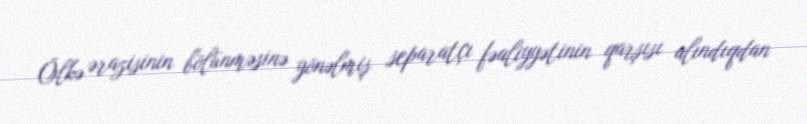
Ölkə ərazisinin bölünməsinə yönəlmiş separatçı fəaliyyətinin qarşısı alındıqdan